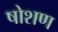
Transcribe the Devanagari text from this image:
षोशण